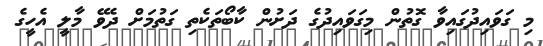
މި ގަވައިދުގައިވާ ގޮތުން މިގަވައިދުގެ ދަށުން ކާބޯތަކެތި ގަތުމަށް ދެވޭ މާލީ އެހީގެ